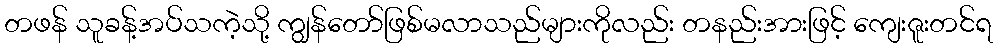
တဖန် သူခန့်အပ်သကဲ့သို့ ကျွန်တော်ဖြစ်မလာသည်များကိုလည်း တနည်းအားဖြင့် ကျေးဇူးတင်ရ